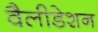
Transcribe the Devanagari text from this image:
वैलीडेशन